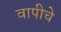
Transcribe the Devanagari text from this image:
वापीचे